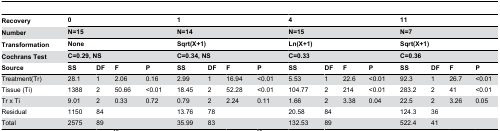
| Recovery | <COLSPAN=4> 0 | <COLSPAN=4> 1 | <COLSPAN=4> 4 | <COLSPAN=4> 11 |
 | Number | <COLSPAN=4> N=15 | <COLSPAN=4> N=14 | <COLSPAN=4> N=15 | <COLSPAN=4> N=7 |
 | Transformation | <COLSPAN=4> None | <COLSPAN=4> Sqrt(X+1) | <COLSPAN=4> Ln(X+1) | <COLSPAN=4> Sqrt(X+1) |
 | Cochrans Test | <COLSPAN=4> C=0.29, NS | <COLSPAN=4> C=0.34, NS | <COLSPAN=4> C=0.33 | <COLSPAN=4> C=0.36 |
 | Source | SS | DF | F | P | SS | DF | F | P | SS | DF | F | P | SS | DF | F | P |
 | --- | --- | --- | --- | --- | --- | --- | --- | --- | --- | --- | --- | --- | --- | --- | --- | --- |
 | Treatment(Tr) | 28.1 | 1 | 2.06 | 0.16 | 2.99 | 1 | 16.94 | <0.01 | 5.53 | 1 | 22.6 | <0.01 | 92.3 | 1 | 26.7 | <0.01 |
 | Tissue (Ti) | 1388 | 2 | 50.66 | <0.01 | 18.45 | 2 | 52.28 | <0.01 | 104.77 | 2 | 214 | <0.01 | 283.2 | 2 | 41 | <0.01 |
 | Tr x Ti | 9.01 | 2 | 0.33 | 0.72 | 0.79 | 2 | 2.24 | 0.11 | 1.66 | 2 | 3.38 | 0.04 | 22.5 | 2 | 3.26 | 0.05 |
 | Residual | 1150 | 84 |  |  | 13.76 | 78 |  |  | 20.58 | 84 |  |  | 124.3 | 36 |  |  |
 | Total | 2575 | 89 |  |  | 35.99 | 83 |  |  | 132.53 | 89 |  |  | 522.4 | 41 |  |  |